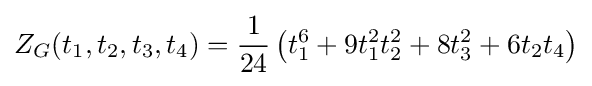
Z_{G}(t_{1},t_{2},t_{3},t_{4})={\frac {1}{24}}\left(t_{1}^{6}+9t_{1}^{2}t_{2}^{2}+8t_{3}^{2}+6t_{2}t_{4}\right)